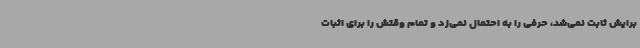
برایش ثابت نمی‌شد، حرفی را به احتمال نمی‌زد و تمام وقتش را برای اثبات